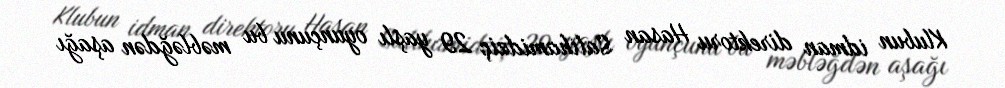
Klubun idman direktoru Hasan Salihamidziç 29 yaşlı oyunçunu bu məbləğdən aşağı